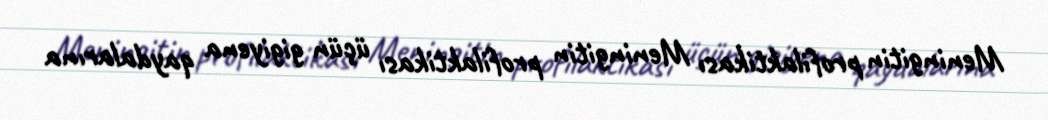
Meningitin profilaktikası Meningitin profilaktikası üçün gigiyena qaydalarına